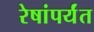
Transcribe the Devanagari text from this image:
रेषांपर्यंत